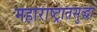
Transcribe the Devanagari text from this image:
महाराष्ट्रातसुद्धा